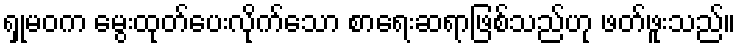
ရှုမဝက မွေးထုတ်ပေးလိုက်သော စာရေးဆရာဖြစ်သည်ဟု ဖတ်ဖူးသည်။